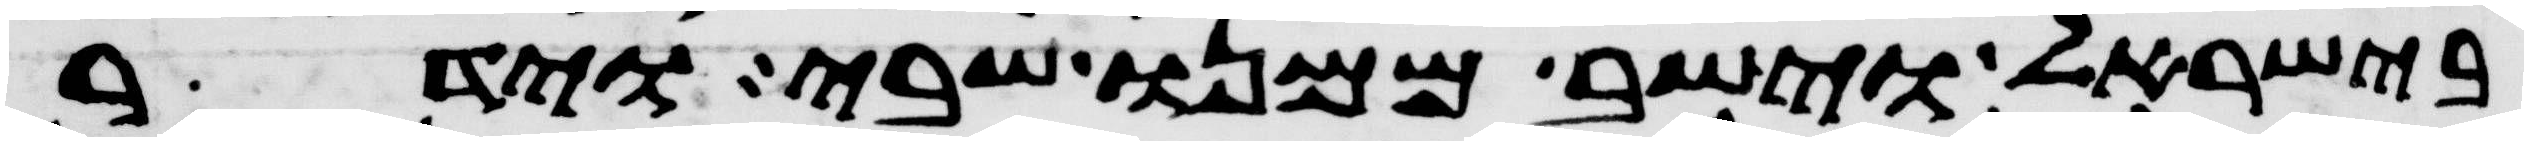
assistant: בישראל וישב ממנו שבי וידר